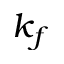
k _ { f }